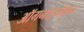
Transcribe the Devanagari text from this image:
ऑगनाइजेशन